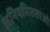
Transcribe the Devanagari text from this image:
अनियमितताओ